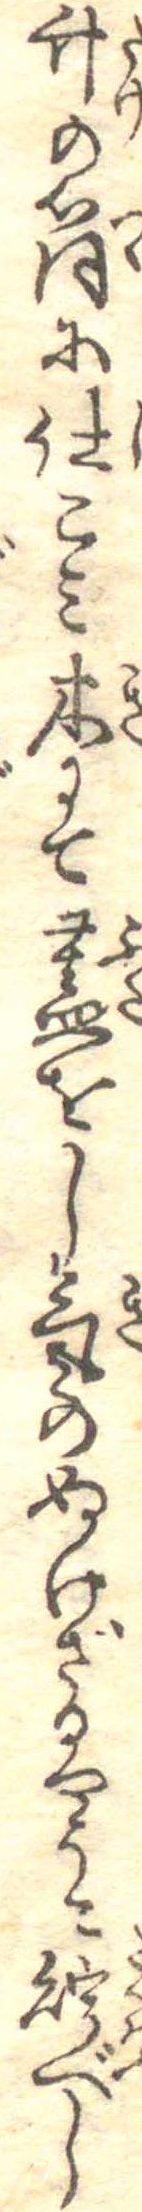
竹の筒に仕こみ木にて蓋をし気のぬけざるやうに貯べし